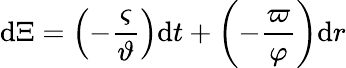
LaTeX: \mathrm{d}\Xi=\left(-\frac{\varsigma}{\vartheta}\right)\mathrm{d}t+\left(-\frac{\varpi}{\varphi}\right)\mathrm{d}r